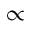
\propto